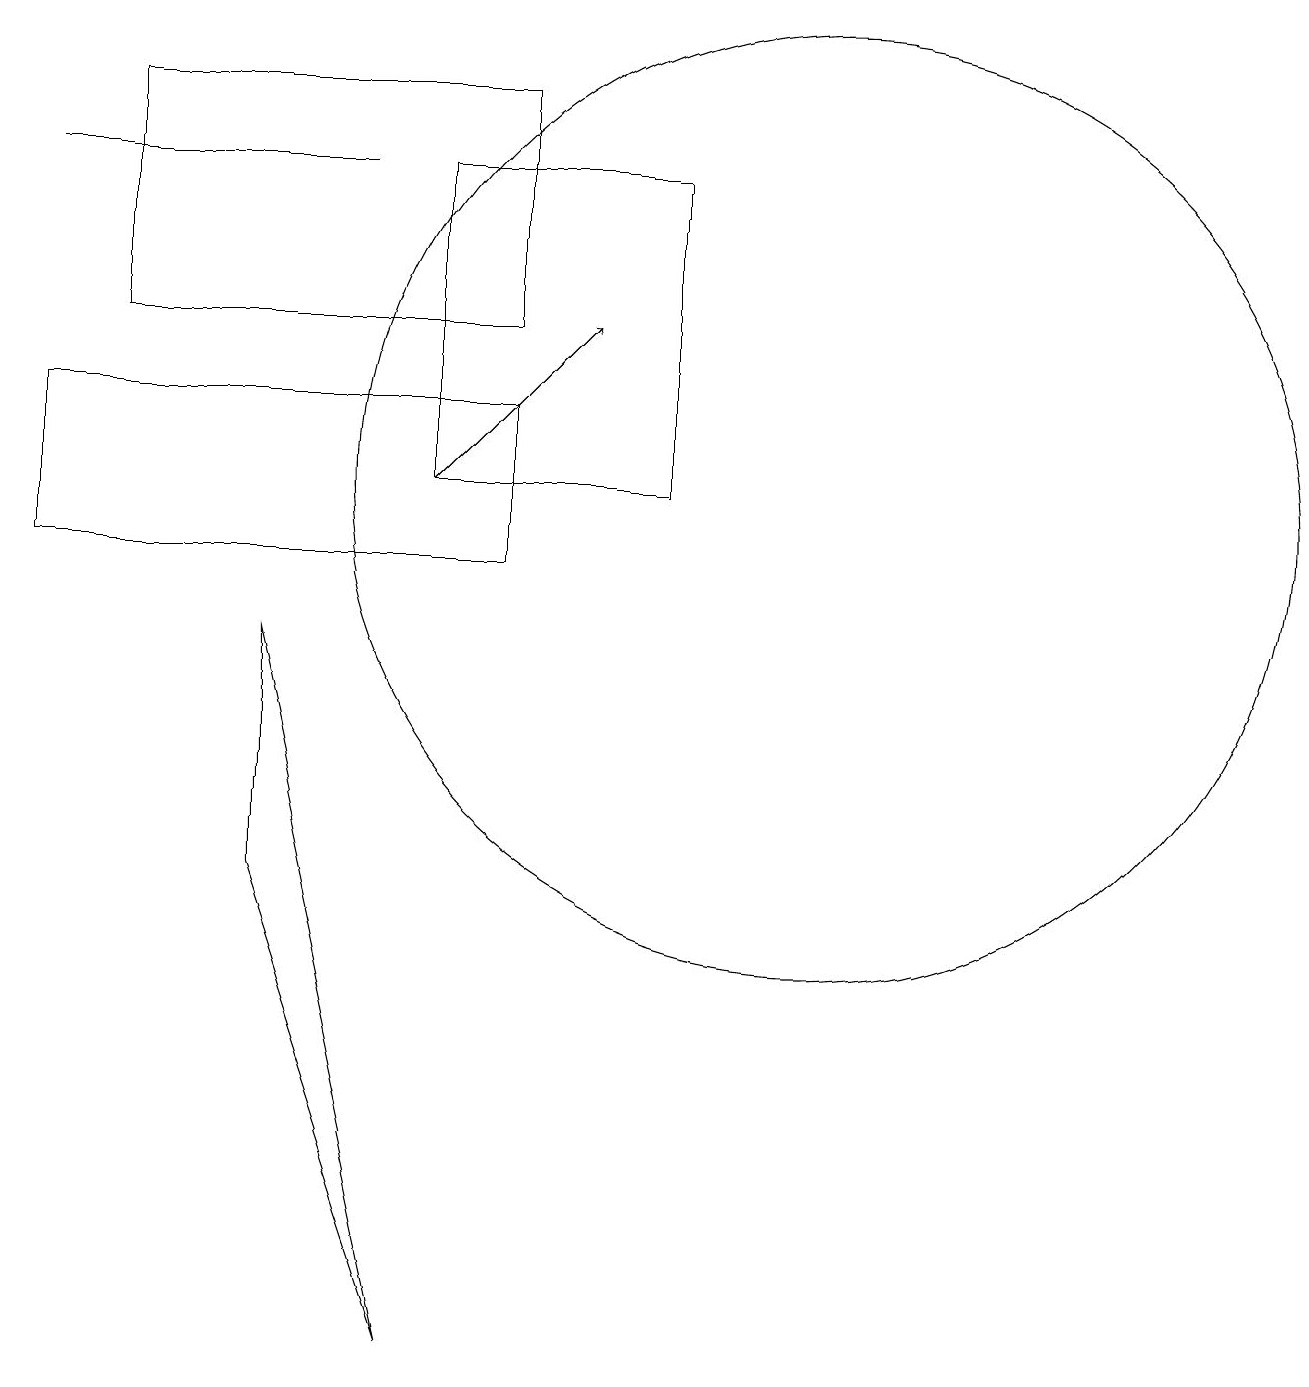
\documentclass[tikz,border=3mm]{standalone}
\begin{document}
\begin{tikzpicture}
\draw (5,16) rectangle (6,16);
\draw (4,15) rectangle (0,15);
\draw (1,13) rectangle (6,16);
\draw (3,9) -- (5,0) -- (3,6) -- cycle;
\draw (8,11) rectangle (5,15);
\draw (10,11) circle (6);
\draw[->] (5,11) -- (7,13);
\draw (6,10) rectangle (0,12);
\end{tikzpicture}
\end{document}